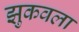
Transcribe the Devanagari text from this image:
झुकवला